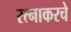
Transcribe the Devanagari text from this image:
रत्‍नाकरचे